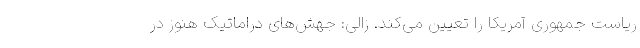
ریاست جمهوری آمریکا را تعیین می‌کند. زالی: جهش‌های دراماتیک هنوز در